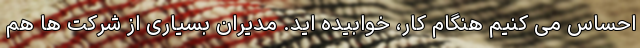
احساس می کنیم هنگام کار، خوابیده اید. مدیران بسیاری از شرکت ها هم